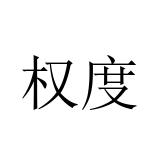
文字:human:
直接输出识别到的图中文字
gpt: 权度